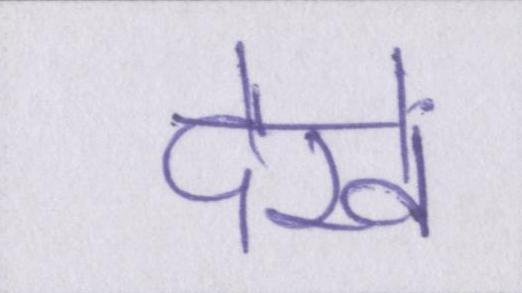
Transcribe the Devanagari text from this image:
देखें